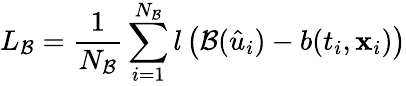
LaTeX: {L_{\cal B}}=\frac{1}{{{N_{\cal B}}}}\sum_{i=1}^{{N_{\cal B}}}{l\left({{\cal B}({{\hat{u}}_{i}})-b({t_{i}},{{\mathbf{x}}_{i}})}\right)}